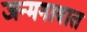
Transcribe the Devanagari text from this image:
जन्मगावात